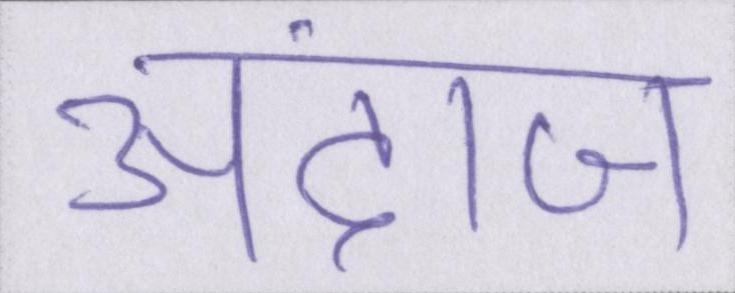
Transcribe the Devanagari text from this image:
अंदाज